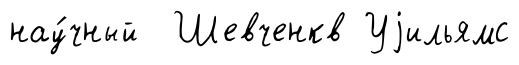
нау́чный Шевченкв Уjильямс